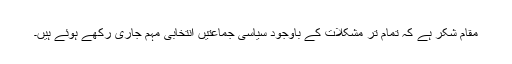
مقام شکر ہے کہ تمام تر مشکلات کے باوجود سیاسی جماعتیں انتخابی مہم جاری رکھے ہوئے ہیں۔